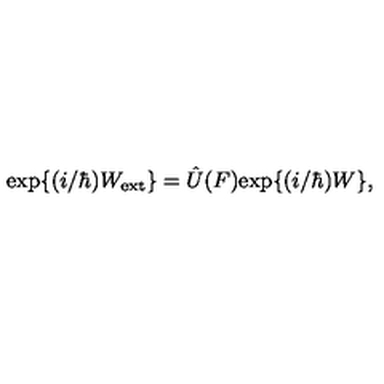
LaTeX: \mathrm { e x p } \{ ( i / \hbar ) W _ { \mathrm { e x t } } \} = \hat { U } ( F ) \mathrm { e x p } \{ ( i / \hbar ) W \} ,